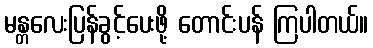
မန္တလေးပြန်ခွင့်ပေးဖို့ တောင်းပန် ကြပါတယ်။